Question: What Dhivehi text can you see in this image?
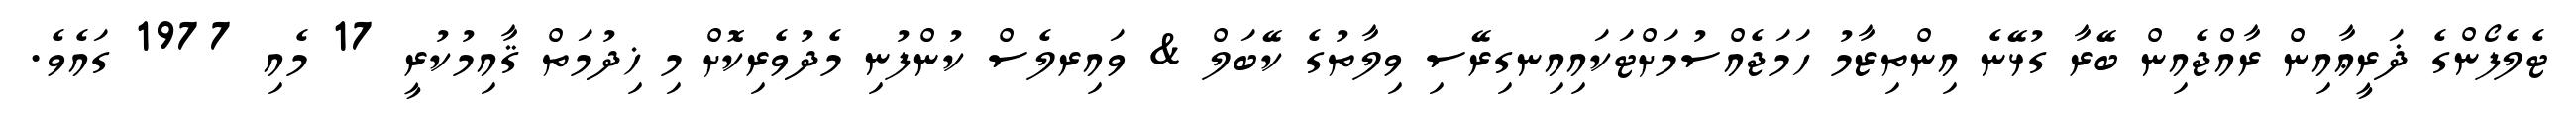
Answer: ޓެލެފޯންގެ ޛަރީޢާއިން ރާއްޖެއިން ބޭރާ ގުޅޭނެ އިންތިޒާމު ހަމަޖެއްސުމަށްޓަކައިއިނގިރޭސި ވިލާތުގެ ކޭބަލް & ވައިރލެސް ކުންފުނި މެދުވެރިކޮށް މި ޚިދުމަތް ޤާއިމުކުރީ 17 މެއި 1977 ގައެވެ.